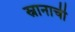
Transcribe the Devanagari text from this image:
स्नानाची